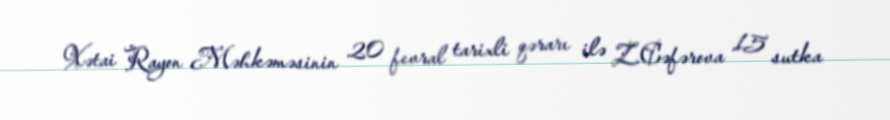
Xətai Rayon Məhkəməsinin 20 fevral tarixli qərarı ilə Z.Cəfərova 15 sutka